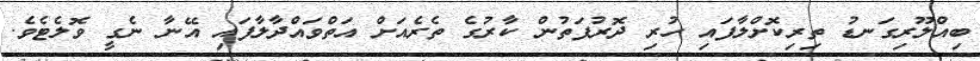
ބިއްލޫރިގަނޑު ތިރިކޮށްލާފައި ހުރި ދޮރުފަތުން ކާރުގެ ތެރެއަށް އަތްވައްދާލާފައި އޭނާ ނެގީ ވޮލެޓެވެ.